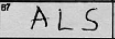
Transcription: ALS